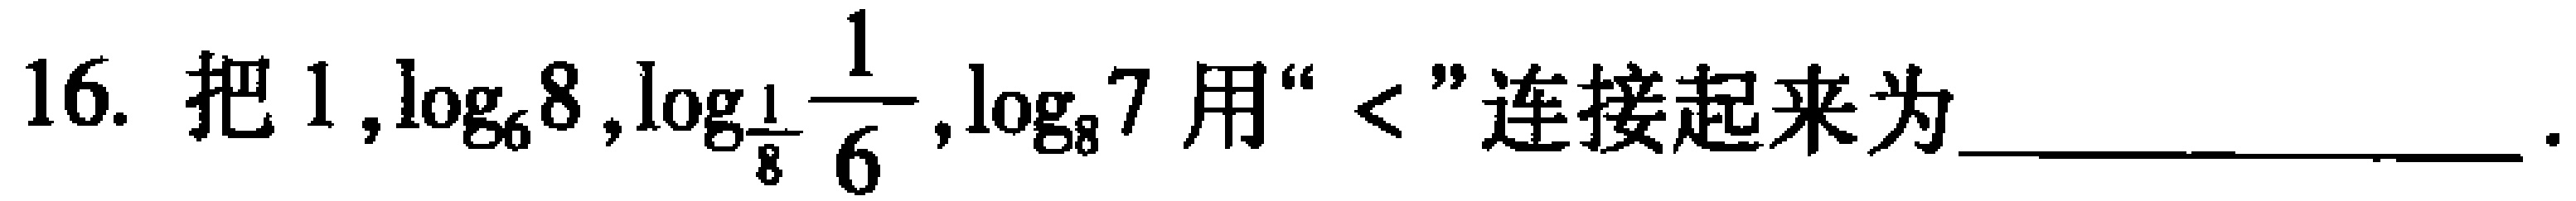
16. 把 \(1,\log_{6}8,\log_{\frac{1}{8}}\frac{1}{6},\log_{8}7\) 用“\(<\)”连接起来为 __________________ 。